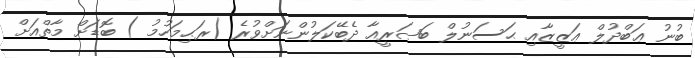
ބުނު ޢަބްދުލް ޢަޒީޒާއި ޙަސަނުލް ބަޞަރީއާ ދެބޭކަލުންނަށްވުރެ (ރަޙިމަހުމު ) ބޮޑަށް މާތްއަށް